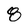
Character: 8